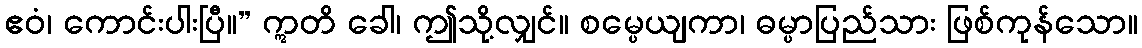
ဧဝံ၊ ကောင်းပါးပြီ။” ဣတိ ခေါ၊ ဤသို့လျှင်။ စမ္ပေယျကာ၊ ဓမ္ပာပြည်သား ဖြစ်ကုန်သော။